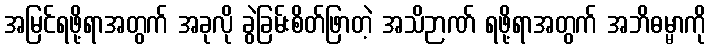
အမြင်ရဖို့ရာအတွက် အခုလို ခွဲခြမ်းစိတ်ဖြာတဲ့ အသိဉာဏ် ရဖို့ရာအတွက် အဘိဓမ္မာကို